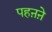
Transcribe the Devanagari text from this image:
पहऩऩे